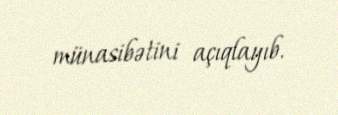
münasibətini açıqlayıb.